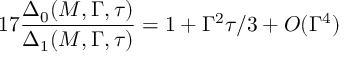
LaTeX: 1 7 \frac { \Delta _ { 0 } ( M , \Gamma , \tau ) } { \Delta _ { 1 } ( M , \Gamma , \tau ) } = 1 + \Gamma ^ { 2 } \tau / 3 + O ( \Gamma ^ { 4 } )